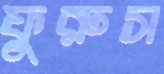
ফুরুস